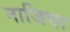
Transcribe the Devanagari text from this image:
नाजिया